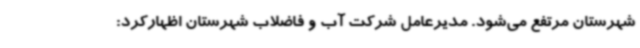
شهرستان مرتفع می‌شود. مدیرعامل شرکت آب و فاضلاب شهرستان اظهارکرد: